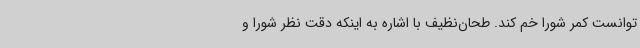
توانست کمر شورا خم کند. طحان‌نظیف با اشاره به اینکه دقت نظر شورا و